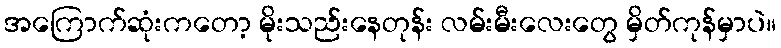
အကြောက်ဆုံးကတော့ မိုးသည်းနေတုန်း လမ်းမီးလေးတွေ မှိတ်ကုန်မှာပဲ။